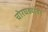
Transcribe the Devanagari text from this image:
चोरघड्यांवर